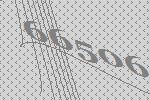
66506